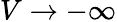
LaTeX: V\to-\infty